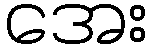
အေး